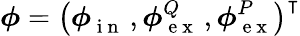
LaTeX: \boldsymbol\phi=\big(\boldsymbol\phi{}_{\mathrm{~i~n~}}^{}\, ,\boldsymbol\phi{}_{\mathrm{~e~x~}}^{Q}\, ,\boldsymbol\phi{}_{\mathrm{~e~x~}}^{P}\big)^{\intercal}